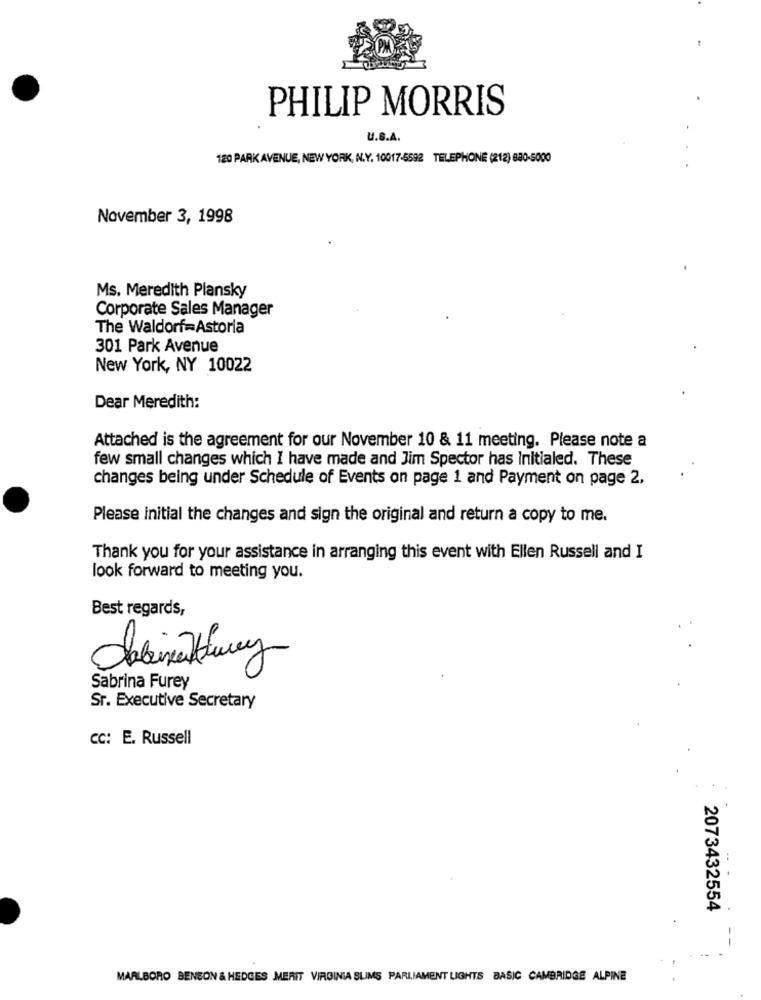
PHILIP MORRIS
U.S.A.
120 PARK AVENUE, NEW YORK, N.Y. 10017-6592 TELEPHONE (212) 680-5000
November 3, 1998
Ms. Meredith Plansky
Corporate Sales Manager
The Waldorf-Astoria
301 Park Avenue
New York, NY 10022
Dear Meredith:
Attached is the agreement for our November 10 & 11 meeting. Please note a
few small changes which I have made and Jim Spector has Initialed. These
changes being under Schedule of Events on page 1 and Payment on page 2.
Please initial the changes and sign the original and return a copy to me.
Thank you for your assistance in arranging this event with Ellen Russell and I
look forward to meeting you.
Best regards,
Sabrina Furey
Sr. Executive Secretary
Cc: E. Russell
2073432554
MARLBORO BENSON & HEDGES MERIT VIRGINIA SLIMS PARLIAMENT LIGHTS BASIC CAMBRIDGE ALPINE